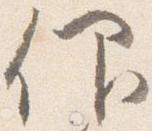
仰